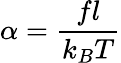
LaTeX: \alpha={\frac{fl}{k_{B}T}}